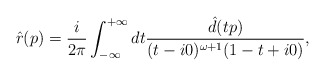
\begin{align*}\hat{r} (p) = \frac{i}{2\pi}\int_{- \infty}^{+ \infty} dt \frac{\hat{d}(tp)}{(t-i0)^{\omega +1}(1-t+i0)},\end{align*}